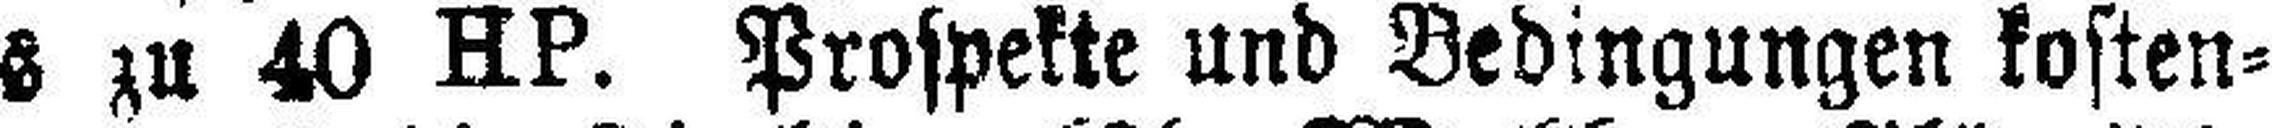
bis zu 40 HP. Prospekte und Bedingungen kosten¬